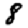
Digit: 8